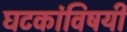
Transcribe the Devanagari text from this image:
घटकांविषयी